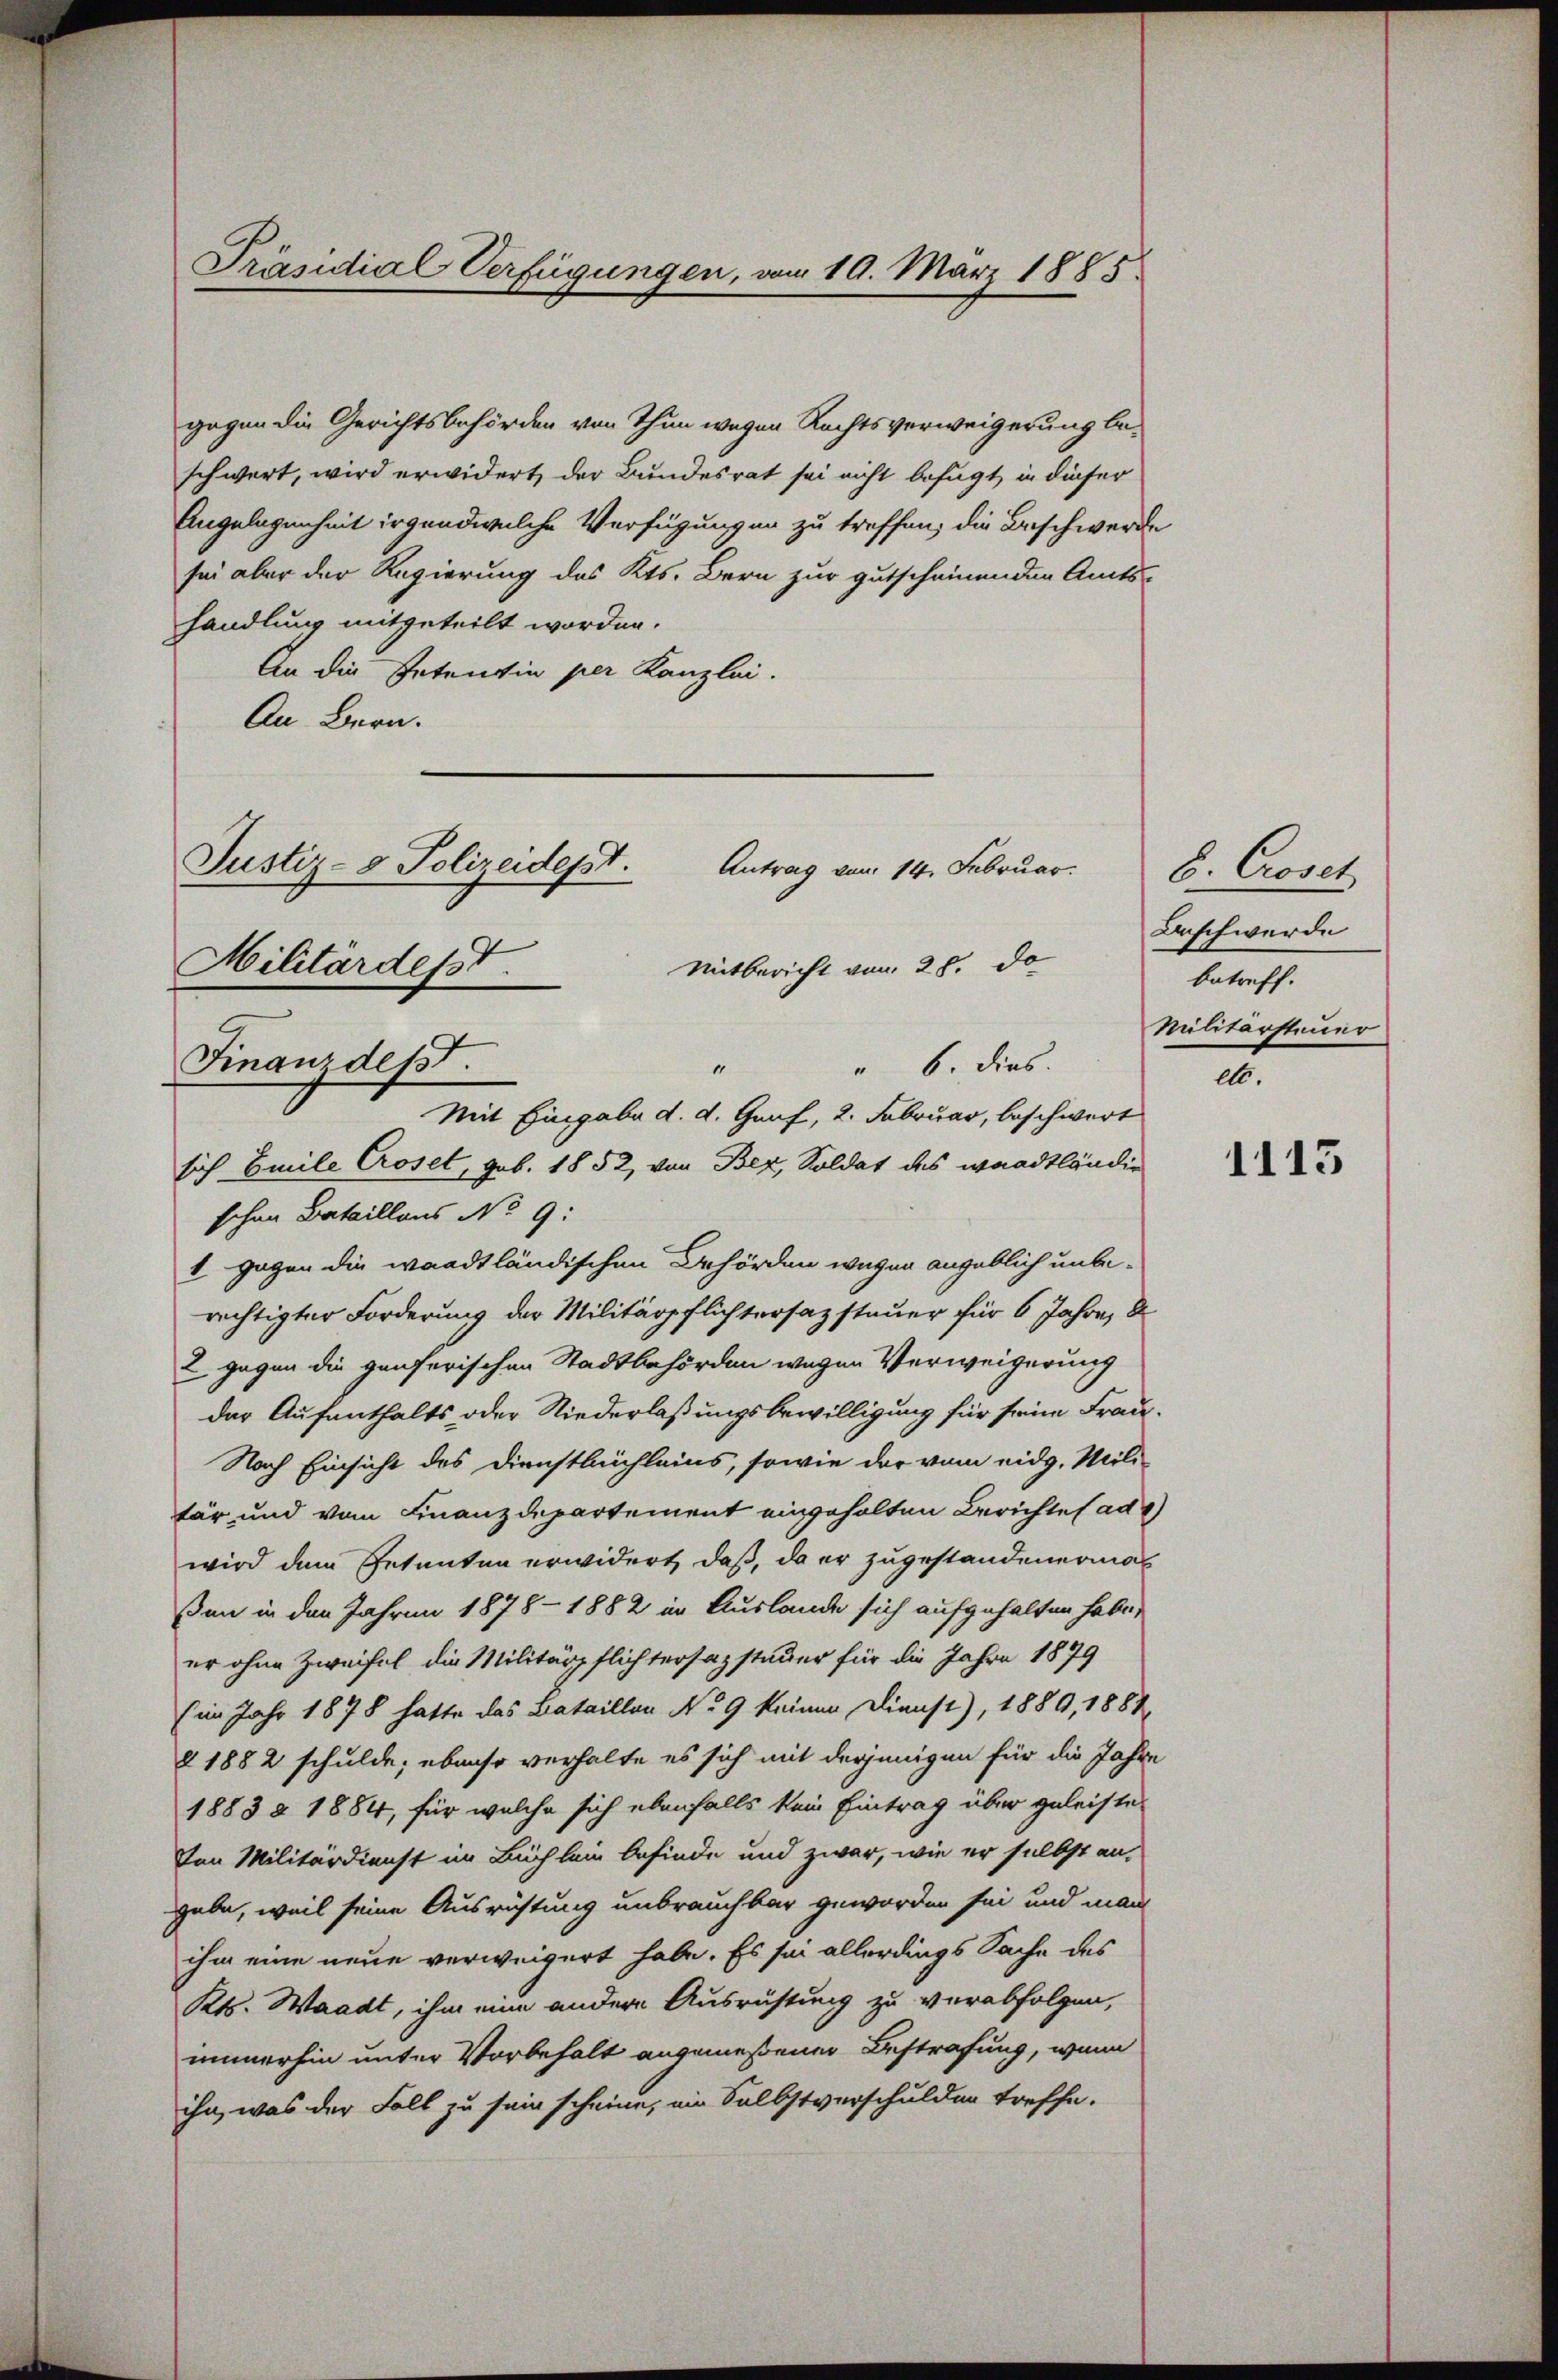
Präsidial Verfügungen, vom 19. März 1885

gegen die Gerichtsbehörden von Thun wegen Rechtsverweigerung beschwert, wird erwidert der Bundesrat sei nicht befugt in dieser
Angelegenheit irgendwelche Verfügungen zu treffen, die Beschwerde
see aber der Regierung des Kts. Bern zur gutscheinenden Amts-
handlung mitgeteilt worden.
An die Petentin per Kanzlei.
An Bern.
sich Emile Croset, geb. 1852, von Bez, Soldat des waadtländig
schon Bataillons No 9:
I gegen die waadtländischen Behörden wegen angeblich unberechtigter Forderung der Militärpflichtersazstauer für 6 Jahre, d
2 gegen die genferischen Stadtbehörden wegen Verweigerung
der Aufenthalts oder Niederlaßungsbewilligung für seine Frau¬
Nach Einsicht des Dienstleichleins, sowie der vom eidg. Mili-
tär und vom Finanzdepartement eingehalten Berichtes ad 1
wird dem Getanten erwidert, daß, da er zugestandenermal
ßen in den Jahren 1878 - 1882 in Auslande sich aufgehalten habe,
er ohne Zweifel die Militärpflichtersazsteuer für die Jahre 1879
(im Jahr 1878 hatte das Bataillon No 9 keinen Dienst), 1889, 1887
§ 1882 schulde; ebenso verhalte es sich mit derjenigen für die Jahre
1883 & 1884, für welche sich ebenfalls kein Eintrag über geleiste-
Von Militärdienst im Büchlein befinde und zwar, wie er selbst an,
gabe, weil seine Ausrichtung unbrauchbar geworden sei und man
ihm eine neue verweigert habe. Es sei allerdings Sache des
Kts. Waadt, ihm eine andere Ausrüstung zu verabfolgen,
immerhin unter Vorbehalt angemeßener Bestrafung, wenn
ihn, was der Fall zu sein scheine, ein Selbstverschulden treffe.

Justiz- & Polizeidept.
Antrag von 14. Februar.
Militardesst.
Mitbericht von 28. do
Finanzdept.
" 6. dies
“
Mit Eingabe d. d. Graf, 2. Februar, beschwert

8. Croset
Anschwerde
betreff.
Militärsteuer
ett.

1115